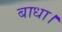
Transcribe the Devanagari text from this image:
बाधा।